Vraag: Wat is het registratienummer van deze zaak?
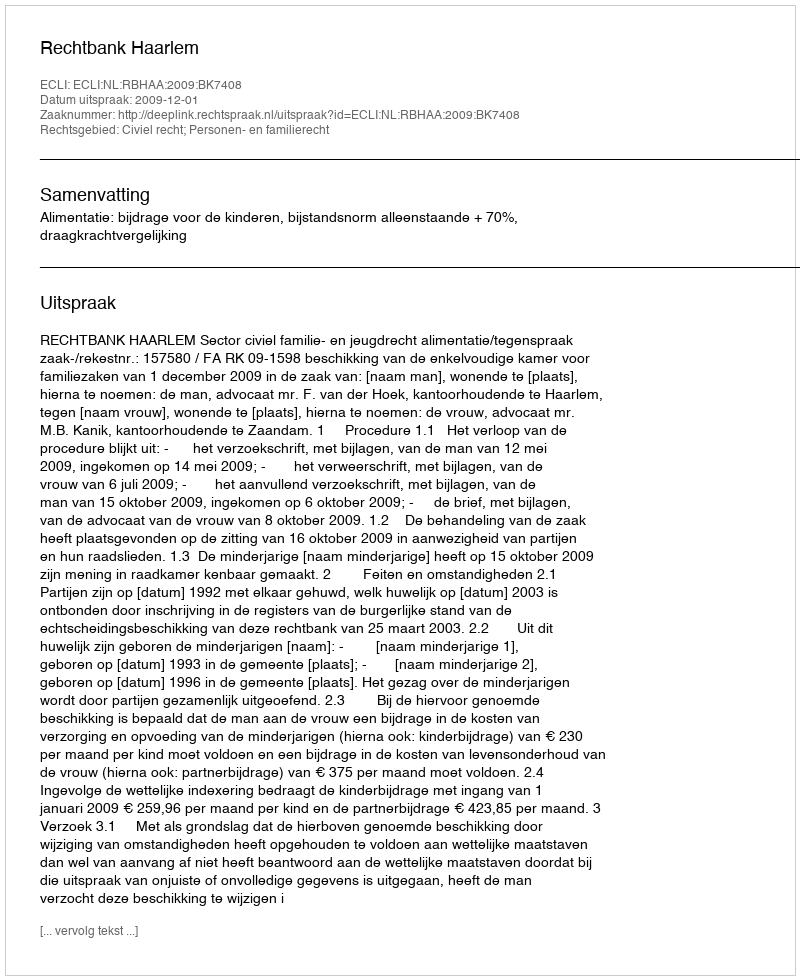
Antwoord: http://deeplink.rechtspraak.nl/uitspraak?id=ECLI:NL:RBHAA:2009:BK7408